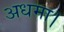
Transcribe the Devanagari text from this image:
अधमा।